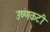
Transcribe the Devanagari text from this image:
उष्णकटी